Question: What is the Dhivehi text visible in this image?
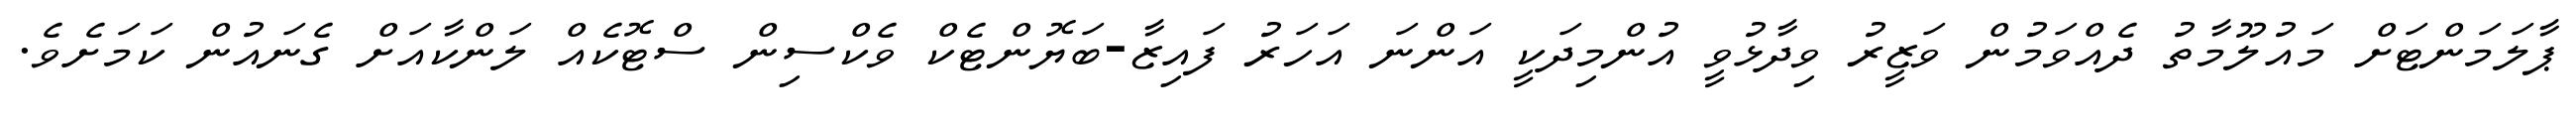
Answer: ޕާލަމަންޓަށް މައުލޫމާތު ދެއްވަމުން ވަޒީރު ވިދާޅުވީ އުންމިދަކީ އަންނަ އަހަރު ފައިޒާ-ބަޔޮންޓެކް ވެކްސިން ސްޓޮކެއް ލަންކާއަށް ގެނައުން ކަމަށެވެ.